Annual report of the Imperial Bacteriological Laboratory, Muktesar
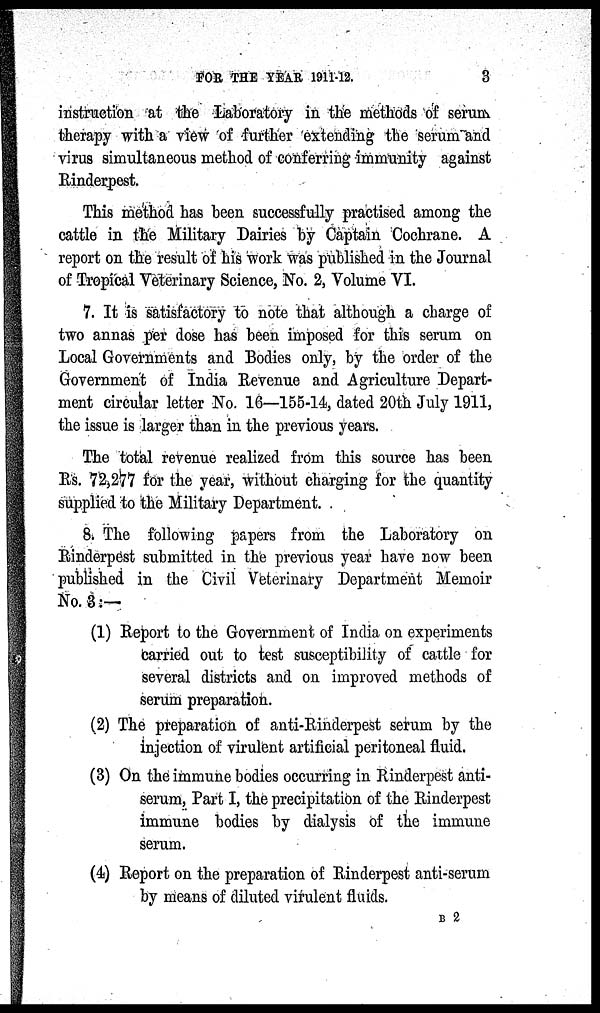
FOR THE YEAR 1911-12.
3
instruction at the Laboratory in the methods of serum
therapy with a view of further extending the serum and
virus simultaneous method of conferring immunity against
Rinderpest.
This method has been successfully practised among the
cattle in the Military Dairies by Captain Cochrane. A
report on the result of his work was published in the Journal
of Tropical Veterinary Science, No. 2, Volume VI.
7. It is satisfactory to note that although a charge of
two annas per dose has been imposed for this serum on
Local Governments and Bodies only, by the order of the
Government of India Revenue and Agriculture Depart-
ment circular letter No. 16—155-14, dated 20th July 1911,
the issue is larger than in the previous years.
The total revenue realized from this source has been
Rs. 72,277 for the year, without charging for the quantity
supplied to the Military Department.
8. The following papers from the Laboratory on
Rinderpest submitted in the previous year have now been
published in the Civil Veterinary Department Memoir
No. 3:—
(1) Report to the Government of India on experiments
carried out to test susceptibility of cattle for
several districts and on improved methods of
serum preparation.
(2) The preparation of anti-Rinderpest serum by the
injection of virulent artificial peritoneal fluid.
(3) On the immune bodies occurring in Rinderpest anti-
serum, Part I, the precipitation of the Rinderpest
immune bodies by dialysis of the immune
serum.
(4) Report on the preparation of Rinderpest anti-serum
by means of diluted virulent fluids.
B 2